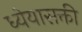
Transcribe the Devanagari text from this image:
ध्येयासक्ती